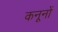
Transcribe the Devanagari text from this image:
कनूनों